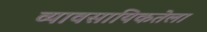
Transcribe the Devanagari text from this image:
व्यावसायिकतेला